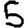
Digit: 5